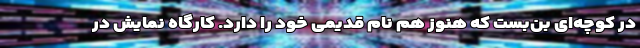
در کوچه‌ای بن‌بست که هنوز هم نام قدیمی خود را دارد. کارگاه نمایش در